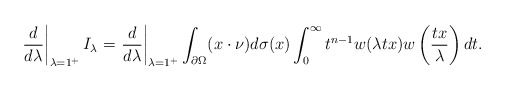
\begin{align*}\left.\frac{d}{d\lambda}\right|_{\lambda=1^+}I_\lambda=\left.\frac{d}{d\lambda}\right|_{\lambda=1^+}\int_{\partial\Omega}(x\cdot \nu)d\sigma(x)\int_0^\infty t^{n-1}w(\lambda tx)w\left(\frac{tx}{\lambda}\right)dt.\end{align*}